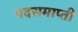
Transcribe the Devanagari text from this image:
पदसमाप्ती